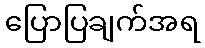
ပြောပြချက်အရ